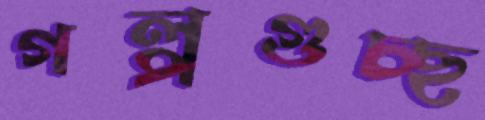
গল্পগুচ্ছ